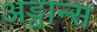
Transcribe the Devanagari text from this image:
अड्वान्स